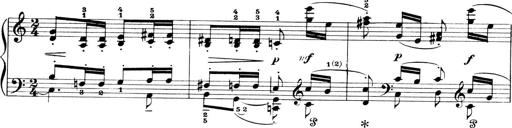
Title: 4 Sonatines
Composer: Max Reger